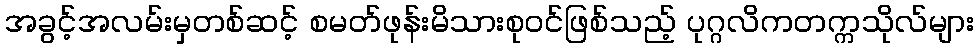
အခွင့်အလမ်းမှတစ်ဆင့် စမတ်ဖုန်းမိသားစုဝင်ဖြစ်သည့် ပုဂ္ဂလိကတက္ကသိုလ်များ